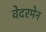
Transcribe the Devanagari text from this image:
वेदरमेन